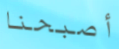
أصبحنا